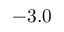
- 3 . 0